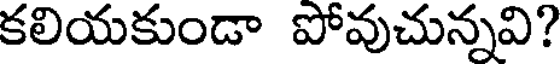
కలియకుండా పోవుచున్నవి?